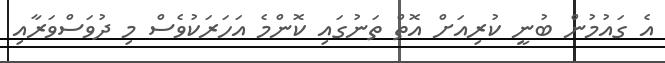
އެ ގައުމުން ބުނީ ކުރިއަށް އޮތް ތަނުގައި ކޮންމެ އަހަރަކުވެސް މި ދުވަސްވަރާއި